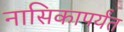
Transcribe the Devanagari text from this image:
नासिकापर्यंत